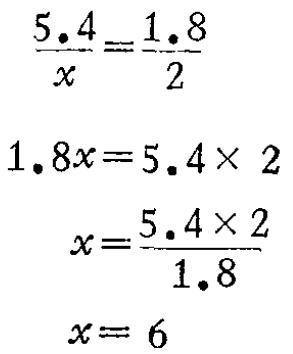
\[\begin{align*}
\frac{5.4}{x}&=\frac{1.8}{2}\\
1.8x&=5.4\times 2\\
x&=\frac{5.4\times 2}{1.8}\\
x&= 6
\end{align*}\]